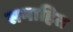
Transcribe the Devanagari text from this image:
समाहित